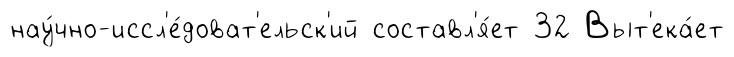
нау́чно-иссл'е́доват'ельск'ий составл'я́ет 32 Выт'ека́ет